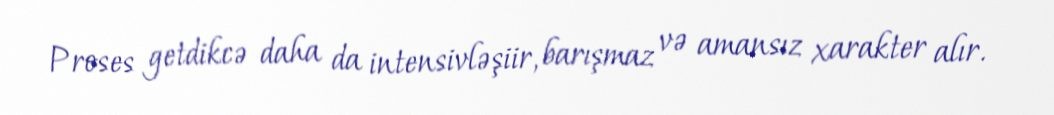
Proses getdikcə daha da intensivləşiir, barışmaz və amansız xarakter alır.